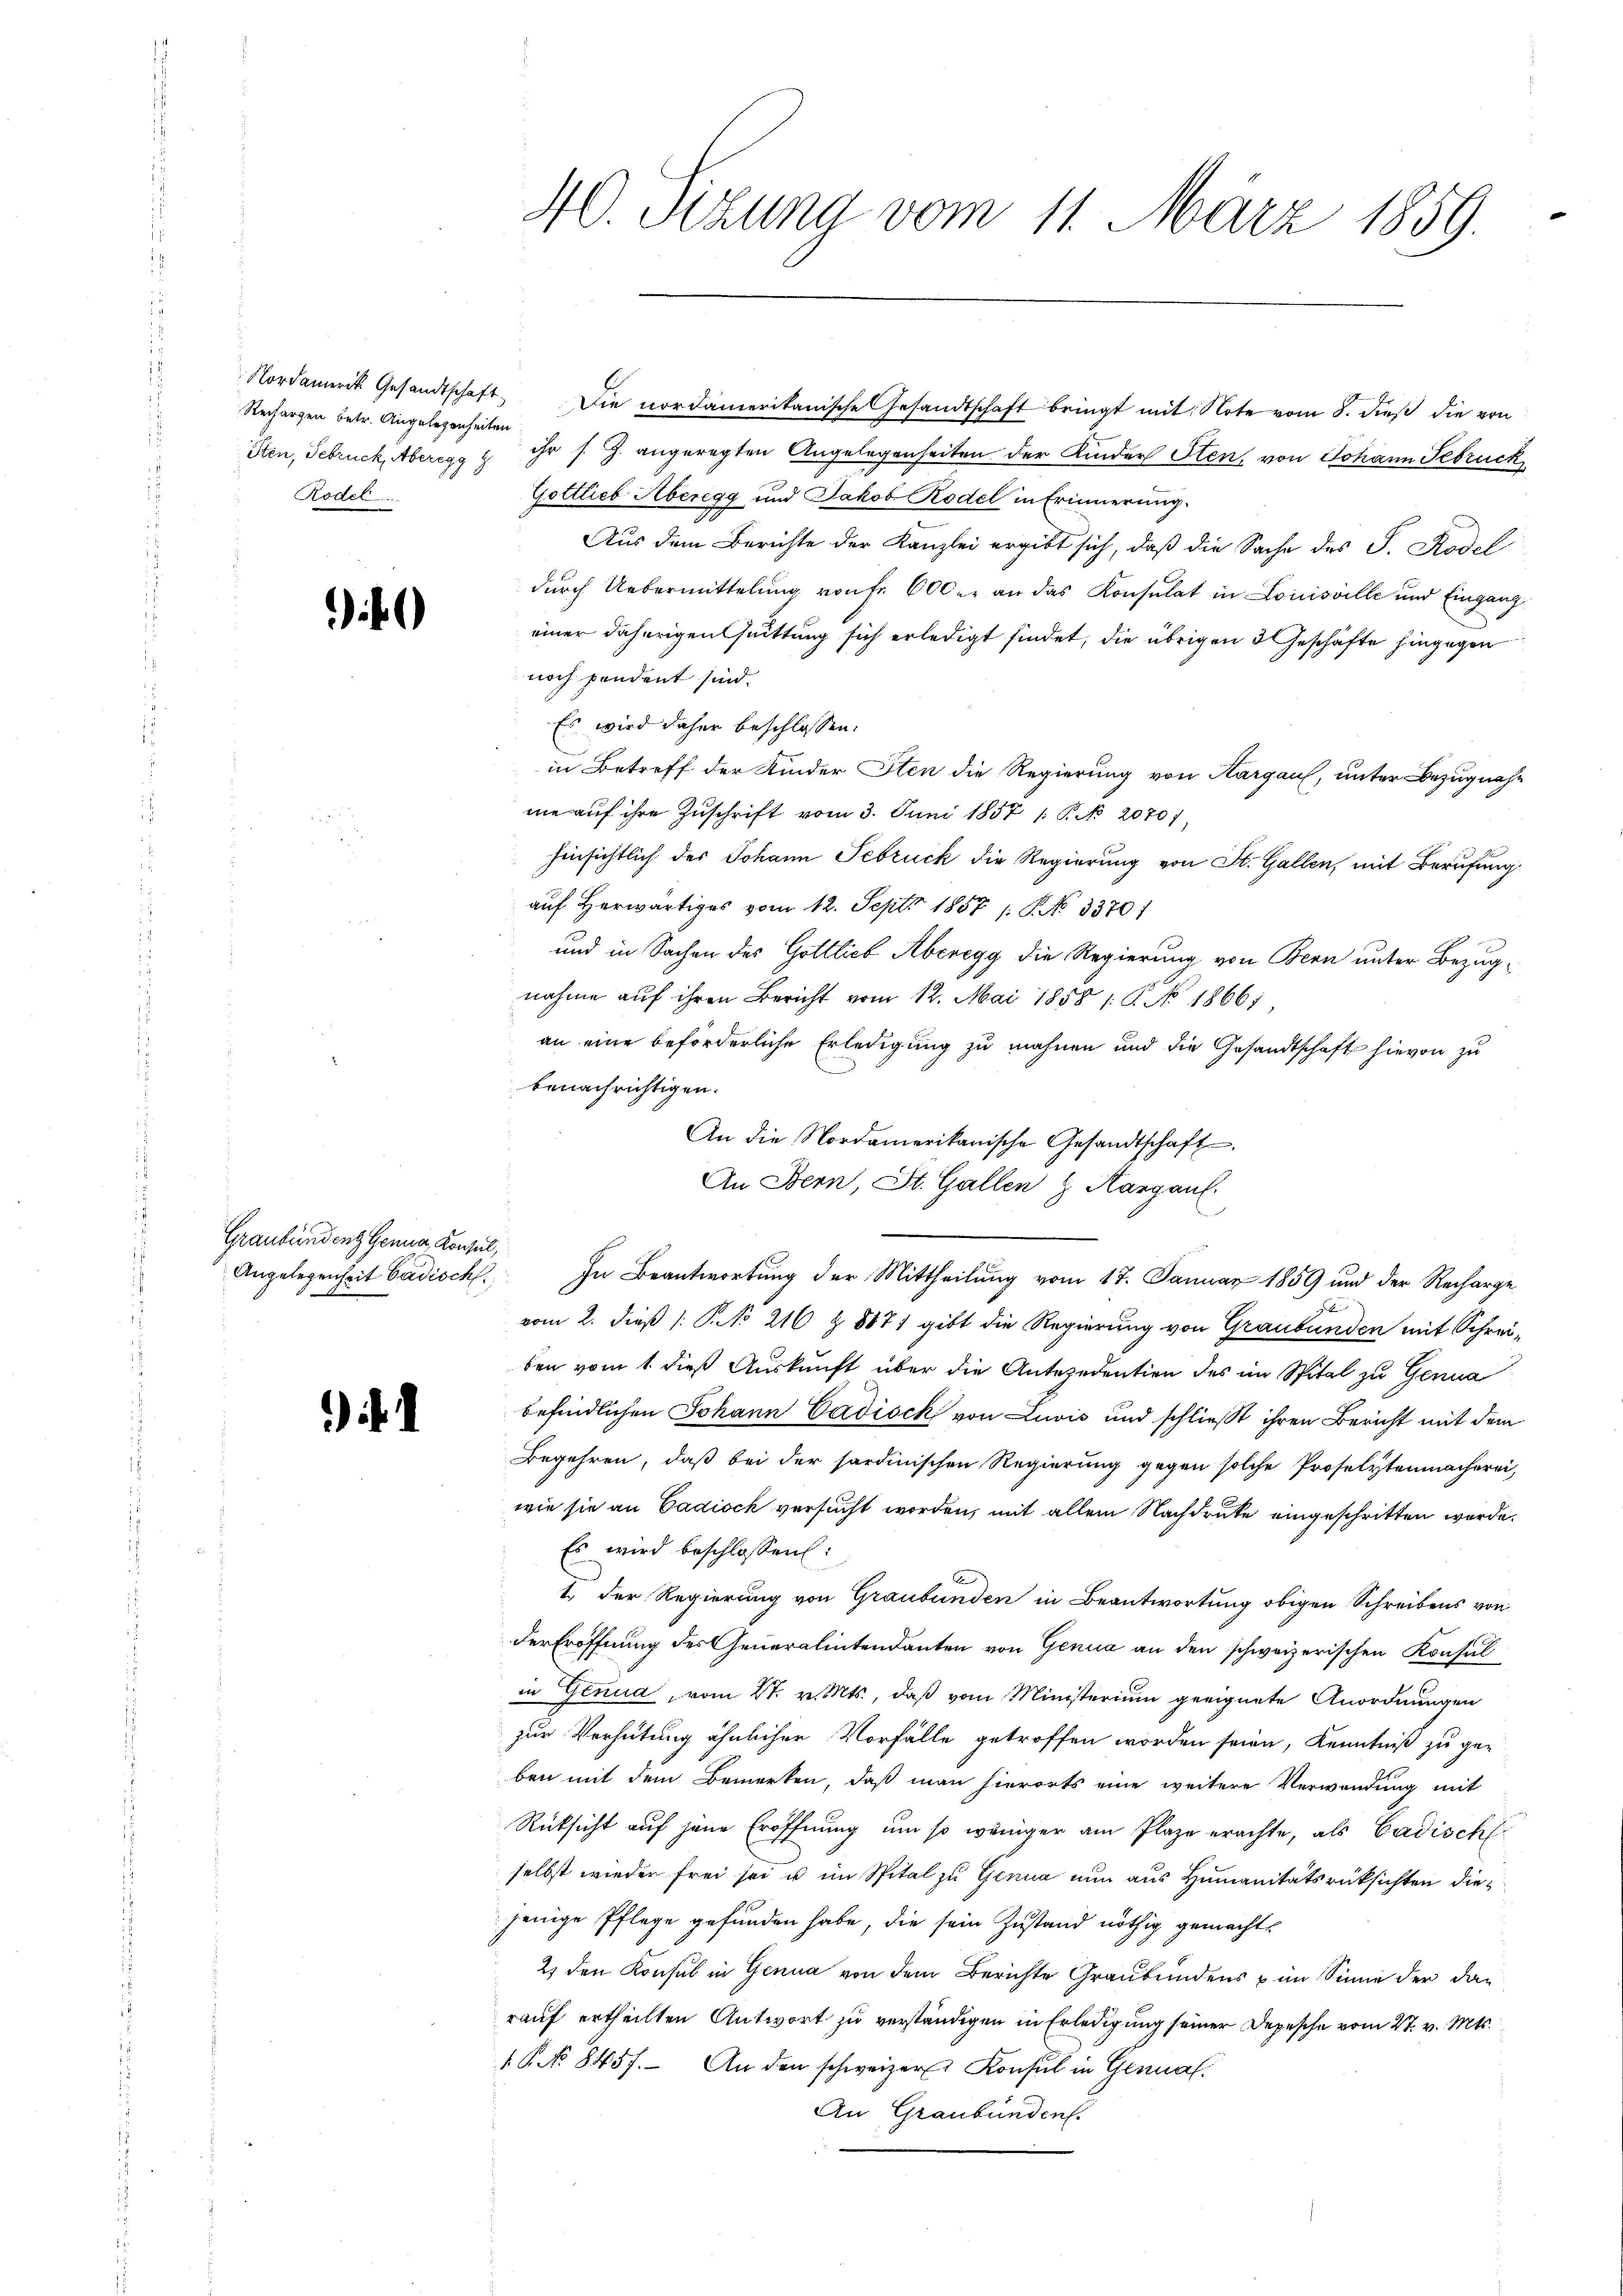
Nordamerik. Gesandtschaft
Rechargen betr. Angelegenheiten
Rodel .....

)

Graubünden Genua, Konsul,
Angelegenheit Badisch.

)

40. Sizung vom 11. März 1859.

Die nordameritanische Gesandtschaft bringt mit Note vom 8. dieß die von
Sten, Februck, Aberegg & ihr s. Z. angeregten Angelegenheiten der Kinder Sten, von Johann Februck
Gottlieb Aberegg und Jakob Rodel in Erinnerung.
Aus dem Berichte der Kanzlei ergibt sich, daß die Sache des S. Rodel
durch Uebermittelung von Fr. 600. an das Konsulat in Louisville und Eingang
einer daherigen Quittung sich erledigt findet, die übrigen 3 Geschäfte hingegen
noch pendent sind.
Es wird daher beschlossen:
in Betreff der Kinder Sten die Regierung von Aargau, unter Bezugnahme auf ihre Zuschrift vom 3. Juni 1857 / P. No 2070)
hinsichtlich des Johann Februck die Regierung von St. Gallen, mit Berufung
aŭf herwärtiges vom 12. Sept. 1857 /: No 3370/
und in Sachen des Gottlieb Aberegg die Regierung von Bern unter Bezugnahme auf ihren Bericht vom 12. Mai 1858 1: P. No 1866;
an eine beförderliche Erledigung zu mahnen und die Gesandtschaft hievon zu
benachrichtigen.
An die Nordamerikanische Gesandtschaft
An Bern, St. Gallen & Aargau.

In Beantwortung der Mittheilung vom 17. Januar 1859 und der Recharge
vom 2. dieß (: P. No 216 Z. 8871 gibt die Regierung von Graubünden mit Schreiben vom 1. dieß Auskunft über die Antezedentien des im Spital zu Genua
befindlichen Johann Cadisck von Luwis und schließt ihren Bericht mit dem
Begehren, daß bei der sardinischen Regierung gegen solche Proselytenmacherei,
wie sie an Cadiock versucht worden, mit allem Nachdruke eingeschritten werde.
Es wird beschlossen:
1.) Der Regierung von Graubünden in Beantwortung obigen Schreibens von
der Eröffnung des Generalintendanten von Genua an den schweizerischen Konsul
in Genua, vom 27. v. Mts., daß vom Ministerium geeignete Anordnungen
zur Verhütung ähnlicher Vorfälle getroffen worden seien, Kenntniß zu ge-
ben mit dem Bemerken, daß man hierorts eine weitere Verwendung mit
Rücksicht auf jene Eröffnung um so weniger am Plaze erachte, als Cadisch
selbst wieder frei sei u im Spital zu Genua nun aus Humanitätsrücksichten diejenige Pflege gefunden habe, die sein Zustand nöthig gemachte
2) den Konsul in Genua von dem Berichte Graubündens im Sinne der dann
rauf ertheilten Antwort zu verständigen in Erledigung seiner Depesche vom 27. v. Mts.
1 No 8457. An den schweizer Konsul in Genal
An Graubünden.